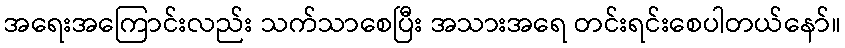
အရေးအကြောင်းလည်း သက်သာစေပြီး အသားအရေ တင်းရင်းစေပါတယ်နော်။